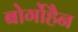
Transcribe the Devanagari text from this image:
बोर्गोहैन